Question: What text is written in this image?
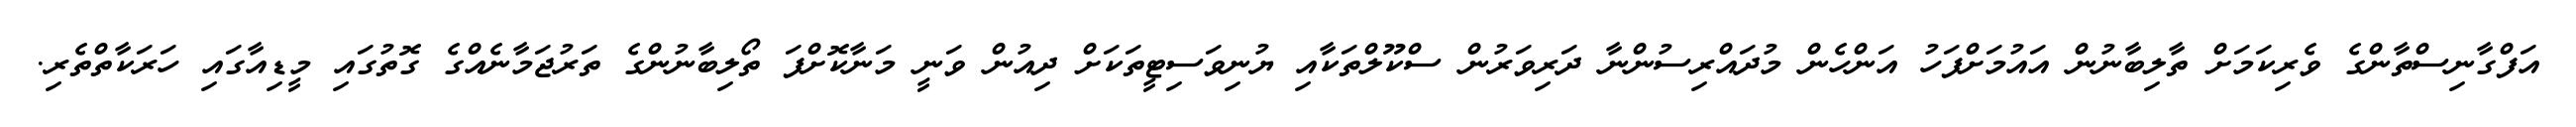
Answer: އަފްގާނިސްތާންގެ ވެރިކަމަށް ތާލިބާނުން އައުމަށްފަހު އަންހެން މުދައްރިސުންނާ ދަރިވަރުން ސްކޫލްތަކާއި ޔުނިވަސިޓީތަކަށް ދިއުން ވަނީ މަނާކޮށްފަ ތޯލިބާނުންގެ ތަރުޖަމާނެއްގެ ގޮތުގައި މީޑިއާގައި ހަރަކާތްތެރި.